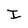
Character: I